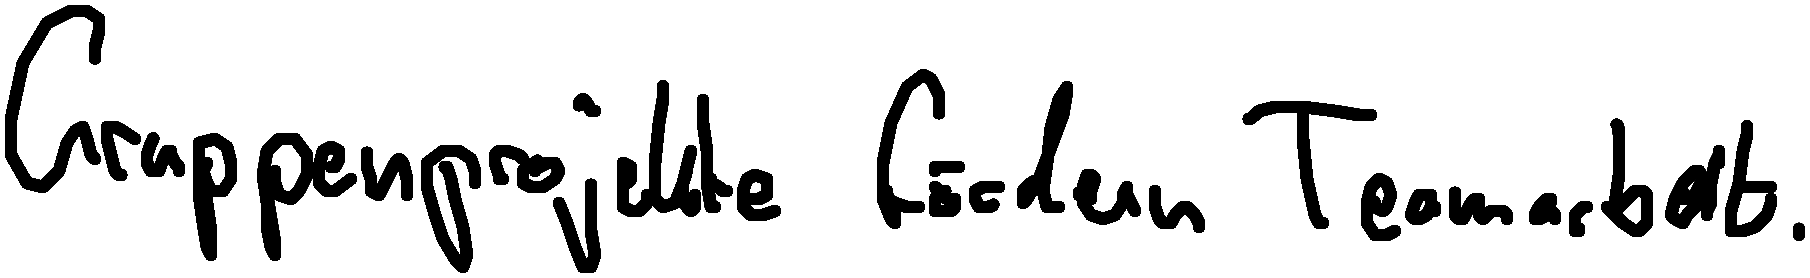
Gruppenprojekte fördern Teamarbeit.